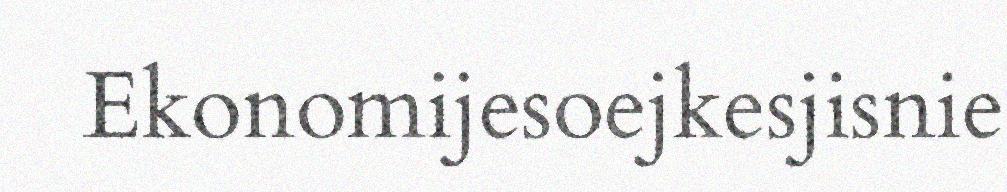
Ekonomijesoejkesjisnie